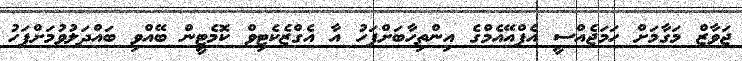
ޖަވާޒް މަގާމަށް ހަމަޖެއްސީ އެފްއޭއެމްގެ އިންތިހާބަށްފަހު އާ އެގްޒެކެޓިވް ކޮމެޓީން ބޭއްވި ބައްދަލުވުމަށްފަހު